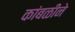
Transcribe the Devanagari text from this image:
कांबळीने